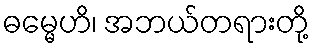
ဓမ္မေဟိ၊ အဘယ်တရားတို့